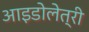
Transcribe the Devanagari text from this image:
आइडोलेत्री